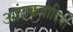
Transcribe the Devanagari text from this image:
आंतकवादियों